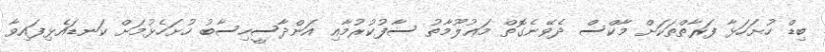
ބިޑް ހުށަހަޅާ ފަރާތްތަކަށް މާކްސް ދެވޭނެގޮތް މަޢުލޫމާތު ސާފުކުރުމާއި އަންދާސީހިސާބު ހުށަހެޅުމަށް ކަނޑައެޅިފައިވާ